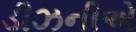
ડીઝનીએ